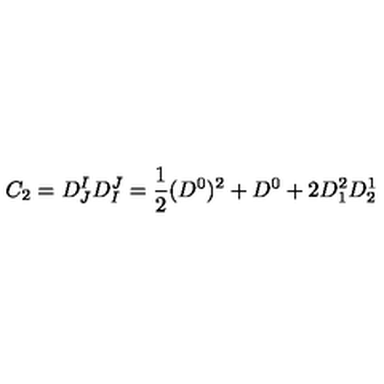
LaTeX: C _ { 2 } = D _ { J } ^ { I } D _ { I } ^ { J } = { \frac { 1 } { 2 } } ( D ^ { 0 } ) ^ { 2 } + D ^ { 0 } + 2 D _ { 1 } ^ { 2 } D _ { 2 } ^ { 1 }